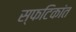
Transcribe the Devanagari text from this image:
स्फटिकांत